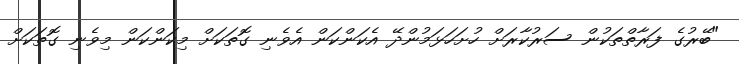
"ބޭރުގެ ފަރާތްތަކުން ސަރުކާރަށް ހުށަހަޅަމުންދޭ އެކަންކަން އެވެނި ގޮތަކަށް މިކަންކަން މިވެނި ގޮތަކަށް